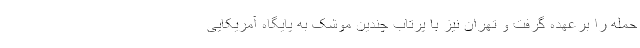
حمله را برعهده گرفت و تهران نیز با پرتاب چندین موشک به پایگاه آمریکایی